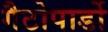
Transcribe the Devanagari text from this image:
गैटोपार्डो